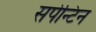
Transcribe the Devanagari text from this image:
सर्पेन्टिन